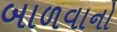
બાળવાનો